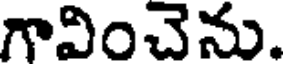
గావించెను.